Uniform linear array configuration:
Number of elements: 12
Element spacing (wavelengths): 1
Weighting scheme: blackman
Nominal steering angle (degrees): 30
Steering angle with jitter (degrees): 31.232
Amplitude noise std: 0.05
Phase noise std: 0.05

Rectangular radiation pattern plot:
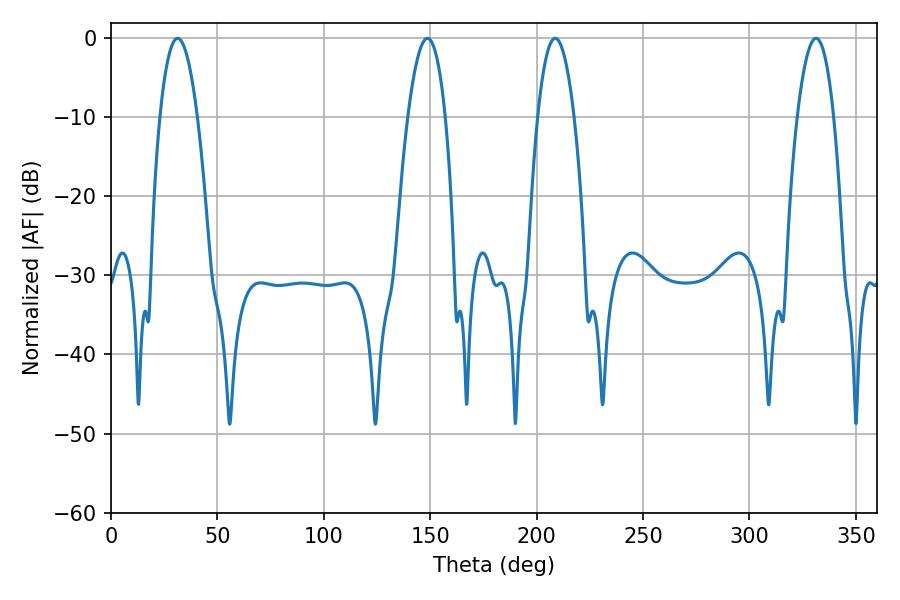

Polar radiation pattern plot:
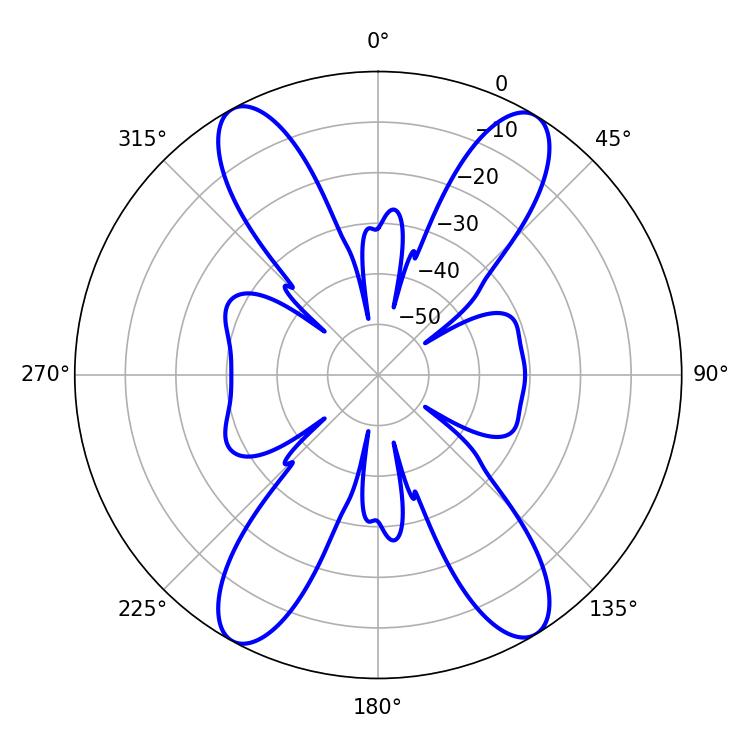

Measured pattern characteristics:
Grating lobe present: TRUE
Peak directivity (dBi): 20.261
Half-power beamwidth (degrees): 9.72
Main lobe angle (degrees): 31.32